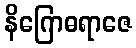
နိဂြောဓရာဇေ